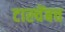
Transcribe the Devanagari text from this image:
टास्चेंबच